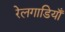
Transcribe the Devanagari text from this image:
रेलगाडियाँ